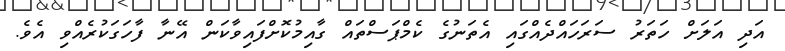
އަދި އަލަށް ހަތަރު ސަރަހައްދެއްގައި އެތަނުގެ ކެމްޕަސްތައް ގާއިމުކޮށްފައިވާކަން އޭނާ ފާހަގަކުރެއްވި އެވެ.